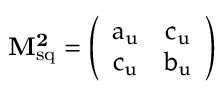
\bf M _ { \mathrm { s q } } ^ { 2 } = \left( \begin{array} { c c } { { a _ { u } } } & { { c _ { u } } } \\ { { c _ { u } } } & { { b _ { u } } } \end{array} \right)